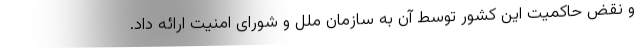
و نقض حاکمیت این کشور توسط آن به سازمان ملل و شورای امنیت ارائه داد.